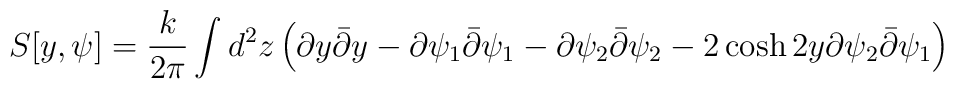
S[y,\psi]=\frac{k}{2\pi}\int d^{2}z \left(\partial y  \bar{\partial}y-\partial\psi_{1}  \bar{\partial}\psi_{1}-\partial\psi_{2}\bar{\partial}\psi_{2}-  2\cosh{2y} \partial\psi_{2}\bar{\partial}\psi_{1}\right)